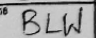
Transcription: BLW